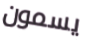
يسمون